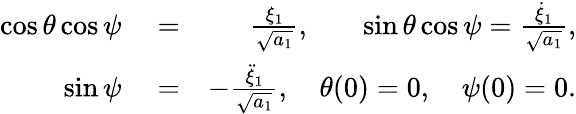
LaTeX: \begin{array}{rlr}{\cos{\theta}\cos{\psi}}&{{}=}&{\frac{\xi_{1}}{\sqrt{a_{1}}},\quad\; \; \; \sin{\theta}\cos{\psi}=\frac{\dot{\xi}_{1}}{\sqrt{a_{1}}},}\\ {\sin{\psi}}&{{}=}&{-\frac{\ddot{\xi}_{1}}{\sqrt{a_{1}}},\quad\theta(0)=0,\quad\psi(0)=0.}\end{array}